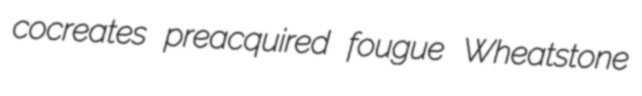
cocreates preacquired fougue Wheatstone